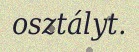
osztályt.